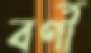
বর্ণী